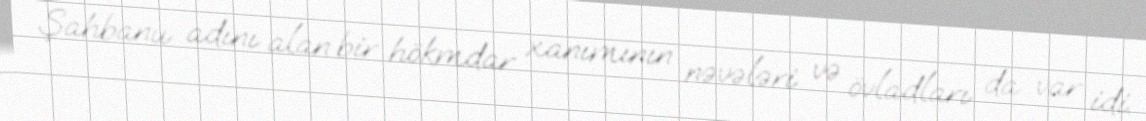
Şahbanu adını alan bir hökmdar xanımının nəvələri və övladları da var idi.